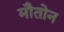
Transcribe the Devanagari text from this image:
मौतोन